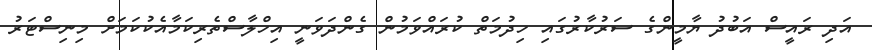
އަދި ރައީސް އަބުދު ޔާމީންގެ ސަރުކާރުގައި ހިދުމަތް ކުރައްވަމުން ގެންދަވަނީ އިހްލާސްތެރިކަމާއެކުކަމަށް މިނިސްޓަރު